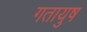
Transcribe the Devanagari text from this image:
गतायुष